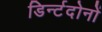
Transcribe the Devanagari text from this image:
डिर्न्टदोनों